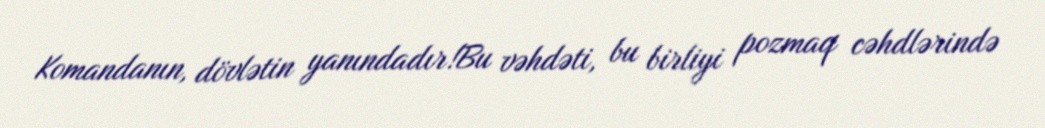
Komandanın, dövlətin yanındadır!Bu vəhdəti, bu birliyi pozmaq cəhdlərində